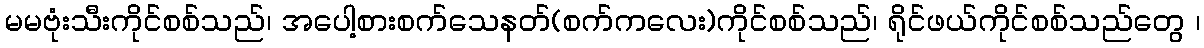
မမဗုံးသီးကိုင်စစ်သည်၊ အပေါ့စားစက်သေနတ်(စက်ကလေး)ကိုင်စစ်သည်၊ ရိုင်ဖယ်ကိုင်စစ်သည်တွေ ၊